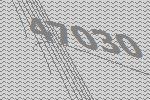
47030